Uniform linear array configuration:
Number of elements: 64
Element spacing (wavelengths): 0.5
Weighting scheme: kaiser
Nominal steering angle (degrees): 45
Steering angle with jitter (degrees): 46.221
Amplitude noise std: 0.05
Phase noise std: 0.05

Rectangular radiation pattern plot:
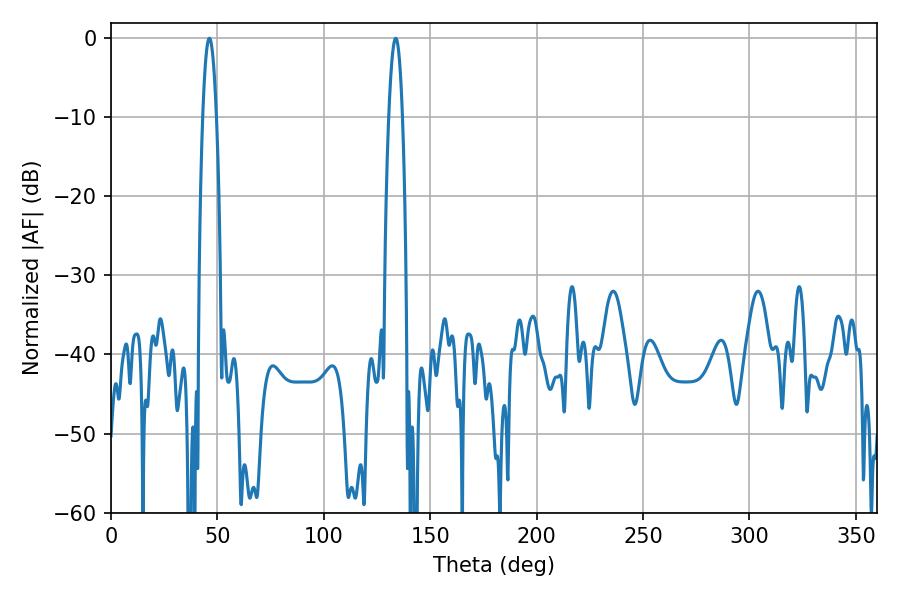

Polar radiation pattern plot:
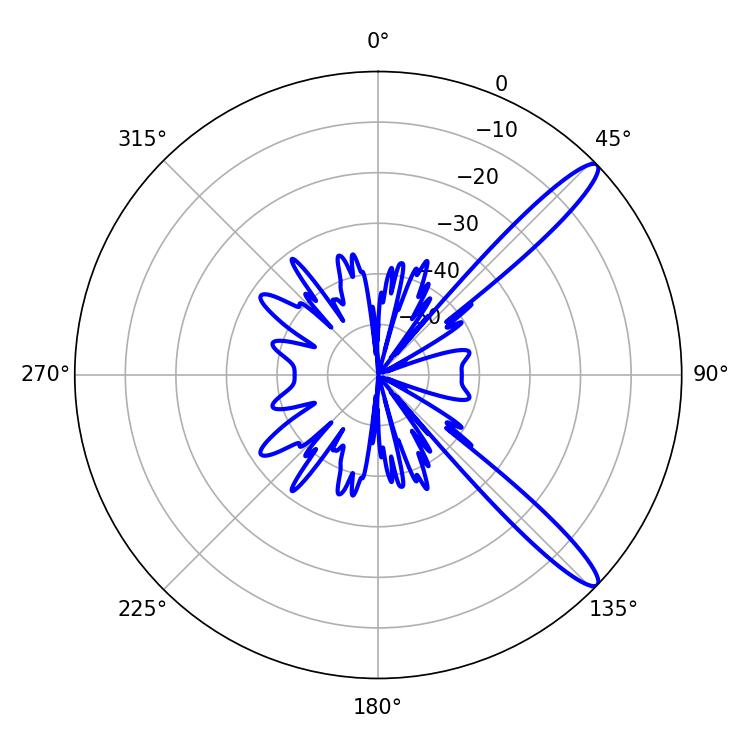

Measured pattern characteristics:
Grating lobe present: FALSE
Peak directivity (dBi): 13.15
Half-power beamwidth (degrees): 3.6
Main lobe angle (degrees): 46.26